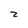
Character: z